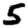
Digit: 5